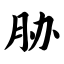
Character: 胁